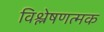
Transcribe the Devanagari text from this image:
विश्लेषणत्मक